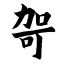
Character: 哿